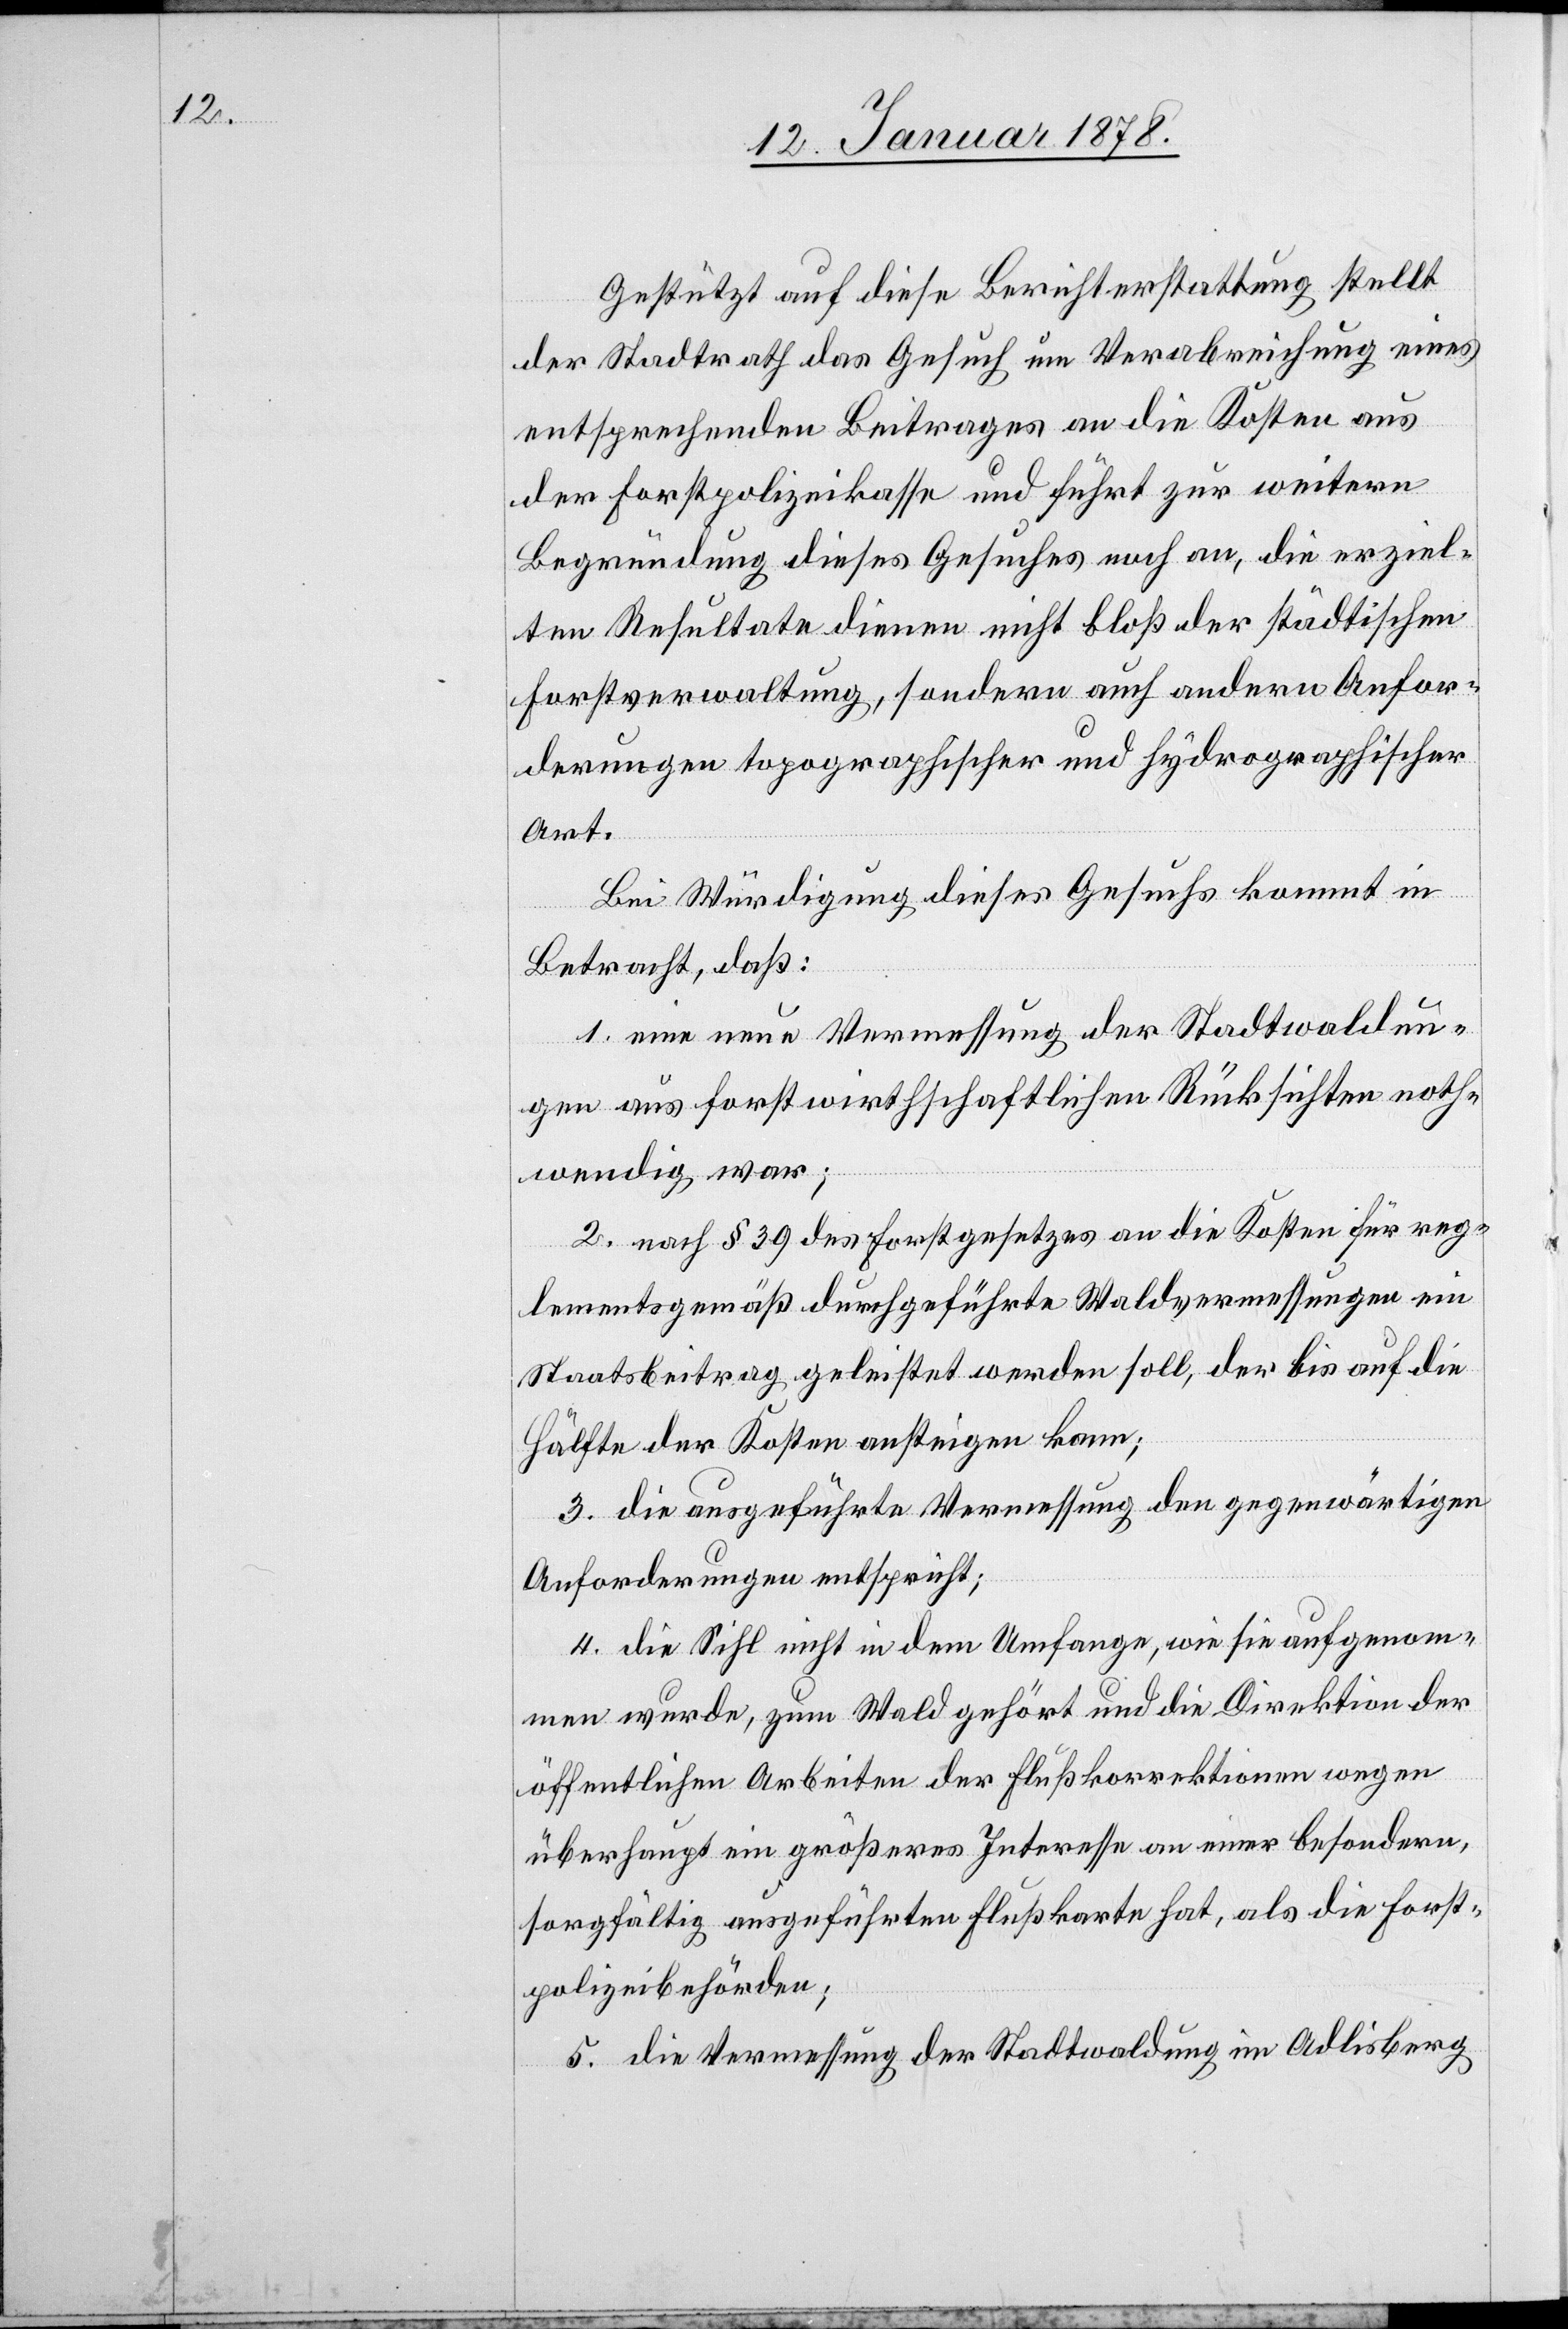
Gestützt auf diese Berichterstattung stellt
der Stadtrath das Gesuch um Verabreichung eines
entsprechenden Beitrages an die Kosten aus
der Forstpolizeikasse und führt zur weitern
Begründung dieses Gesuches noch an, die erziel¬
ten Resultate dienen nicht bloß der städtischen
Forstverwaltung, sondern auch andern Anfor¬
derungen topographischer und hydrographischer
Art.
Bei Würdigung dieses Gesuchs kommt in
Betracht, daß:
1. eine neue Vermessung der Stadtwaldun¬
gen aus forstwirthschaftlichen Rücksichten noth¬
wendig war;
2. nach § 39 des Forstgesetzes an die Kosten für reg¬
lementsgemäß durchgeführte Waldvermessungen ein
Staatsbeitrag geleistet werden soll, der bis auf die
Hälfte der Kosten ansteigen kann;
3. die ausgeführte Vermessung den gegenwärtigen
Anforderungen entspricht;
4. die Sihl nicht in dem Umfange, wie sie aufgenom¬
men wurde, zum Wald gehört und die Direktion der
öffentlichen Arbeiten der Flußkorrektion wegen
überhaupt ein größeres Interesse an einer besondern,
sorgfältig ausgeführten Flußkarte hat, als die Forst¬
polizeibehörden;
5. Die Vermessung der Stadtwaldung in Adlisberg